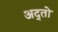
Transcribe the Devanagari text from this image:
अद्तो